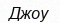
Джоу